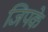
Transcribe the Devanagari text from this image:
जिपके